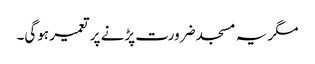
مگر یہ مسجد ضرورت پڑنے پر تعمیر ہوگی۔